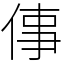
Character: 倳